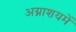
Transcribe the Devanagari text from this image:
अग्नाशयमें